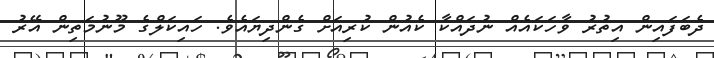
ދެބަފައިން އިތުރު ވާހަކައެއް ނުދައްކާ ކެއުން ކުރިއަށް ގެންދިޔައެވެ. ހައިކަލްގެ މޫނުމަތިން އޭރު